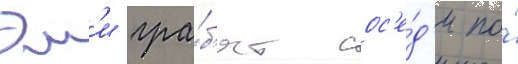
Эм'и гра́б'ят сос'е́д'и по́